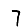
Digit: 7